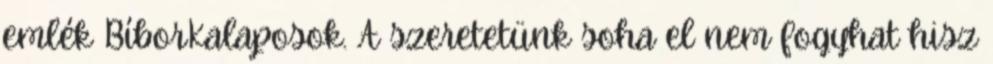
emlék BíborKalaposok. A szeretetünk soha el nem fogyhat hisz